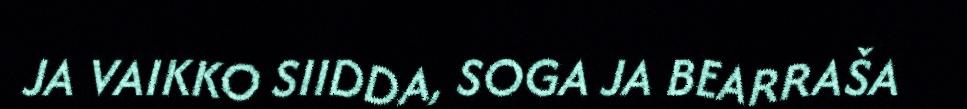
JA VAIKKO SIIDDA, SOGA JA BEARRAŠA